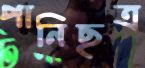
পানিছত্র